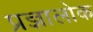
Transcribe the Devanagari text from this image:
प्रज्ञालोक